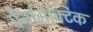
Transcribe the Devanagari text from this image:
पैनमिक्टिक